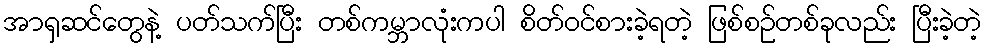
အာရှဆင်တွေနဲ့ ပတ်သက်ပြီး တစ်ကမ္ဘာလုံးကပါ စိတ်ဝင်စားခဲ့ရတဲ့ ဖြစ်စဉ်တစ်ခုလည်း ပြီးခဲ့တဲ့